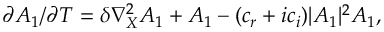
\begin{array} { r } { \partial A _ { 1 } / \partial T = \delta \nabla _ { X } ^ { 2 } A _ { 1 } + A _ { 1 } - ( c _ { r } + i c _ { i } ) | A _ { 1 } | ^ { 2 } A _ { 1 } , } \end{array}